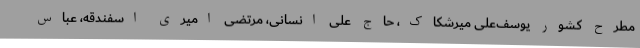
مطرح کشور یوسف‌علی میرشکاک، حاج علی انسانی، مرتضی امیری اسفندقه، عباس